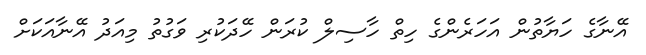
އޭނާގެ ހަޔާތުން އަހަރެންގެ ހިތް ހާސިލް ކުރަން ހޭދަކުރި ވަގުތު މިއަދު އޭނާއަކަށް